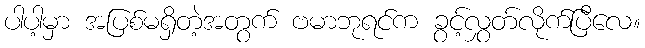
ပါပါ့မှာ အပြစ်မရှိတဲ့အတွက် ဗမာဘုရင်က ခွင့်လွှတ်လိုက်ပြီလေ။